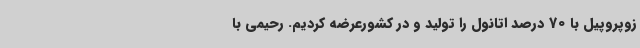
زوپروپیل با 70 درصد اتانول را تولید و در کشورعرضه کردیم. رحیمی با